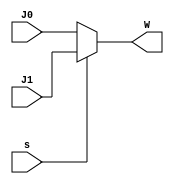
module Mux_2to1 #(parameter N = 32) (s, J0, J1,  W);
    input s;
    input [N-1:0] J0;
    input [N-1:0] J1;
    output [N-1:0] W;
	assign W = s ? J1 : J0;
endmodule